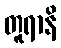
တူရာနိ